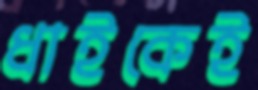
ধাইকেই